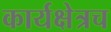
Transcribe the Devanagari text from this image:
कार्यक्षेत्रच